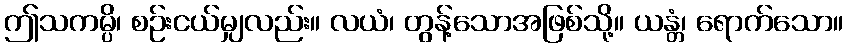
ဤသကမ္ပိ၊ စဉ်းငယ်မျှလည်း။ လယံ၊ တွန့်သောအဖြစ်သို့။ ယန္တံ၊ ရောက်သော။